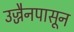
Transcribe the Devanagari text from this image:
उज्जैनपासून